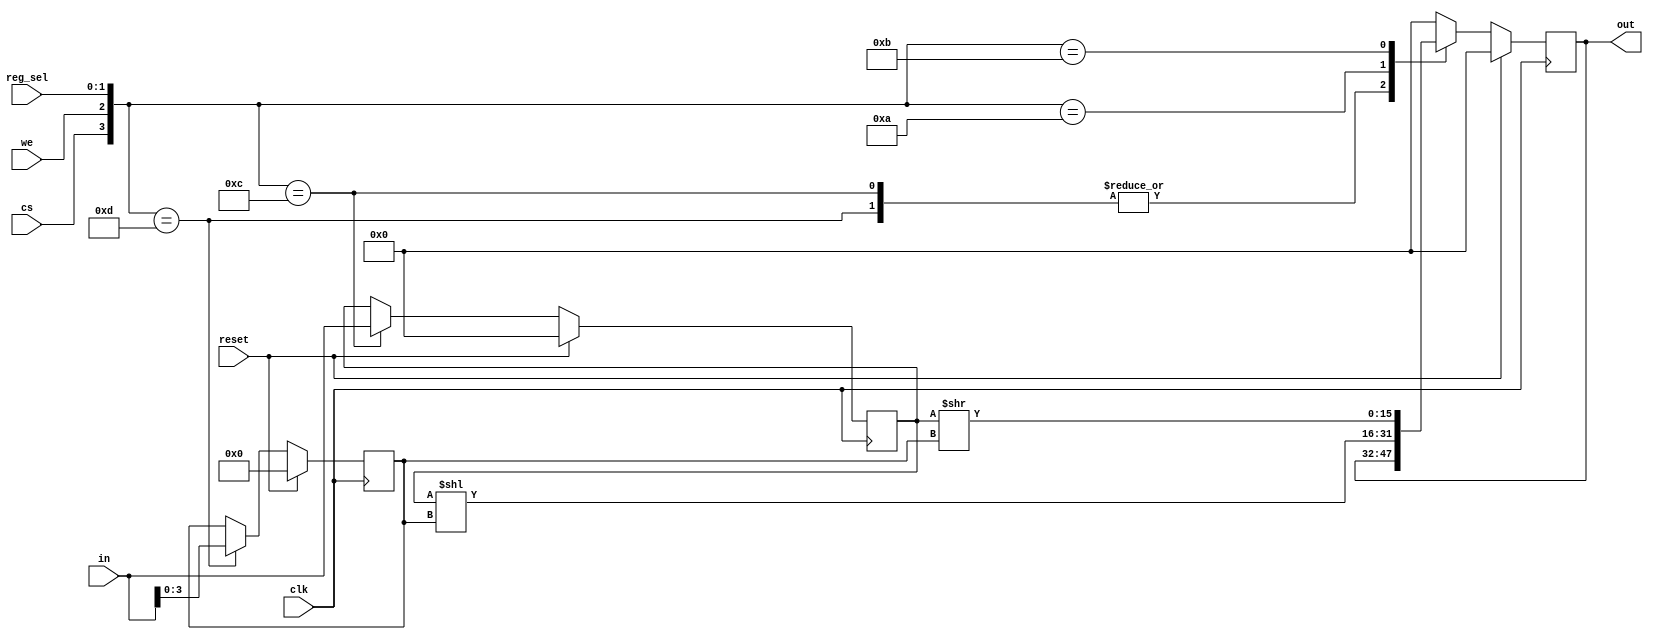
`timescale 1ns / 1ps

module ControladorShifter(
	input clk, reset,
	input [1:0] reg_sel,
	input [15:0] in,
	input cs, we,
	output reg [15:0] out
);

localparam DATA_reg_sel = 2'd0;
localparam TIMES_reg_sel = 2'd1;
localparam SHIFTL_reg_sel = 2'd2;
localparam SHIFTR_reg_sel = 2'd3;

reg [15:0] data;
reg [3:0] times; // [0, 15]
reg [15:0] shifted_L, shifted_R;

always @(posedge clk)
begin
	if (reset)
	begin
		data <= 16'b0;
		times <= 4'b0;
		out <= 16'b0;
	end
	else
		case({cs, we, reg_sel})
			// Writes:
			{1'b1, 1'b1, DATA_reg_sel}: data <= in;
			{1'b1, 1'b1, TIMES_reg_sel}: times <= in[3:0];
			// Reads:
			{1'b1, 1'b0, SHIFTL_reg_sel}: out <= shifted_L;
			{1'b1, 1'b0, SHIFTR_reg_sel}: out <= shifted_R;
			default: out <= 16'b0;
		endcase
end

always@*
begin
	shifted_L = (data << times);
	shifted_R = (data >> times);
end

endmodule